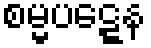
စမ္မပဋ္ဋေန